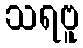
သရဗူ